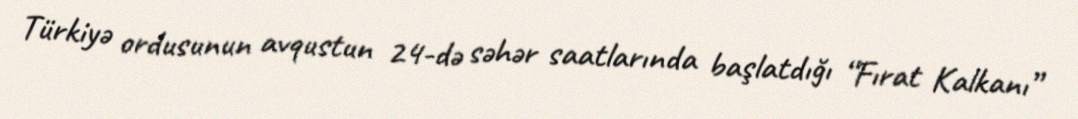
Türkiyə ordusunun avqustun 24-də səhər saatlarında başlatdığı “Fırat Kalkanı”